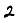
Digit: 2